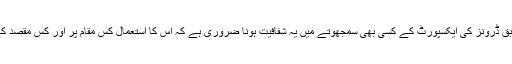
بیان کے مطابق ڈرونز کی ایکسپورٹ کے کسی بھی سمجھوتے میں یہ شفافیت ہونا ضروری ہے کہ اِس کا استعمال کس مقام پر اور کس مقصد کے لیے ہو گا۔